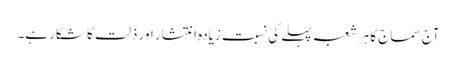
آج سماج کا ہر شعبہ پہلے کی نسبت زیادہ انتشار اور ذلت کا شکار ہے۔